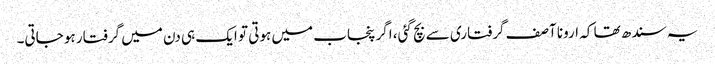
یہ سندھ تھا کہ ارونا آصف گرفتاری سے بچ گئی، اگر پنجاب میں ہوتی تو ایک ہی دن میں گرفتار ہو جاتی۔